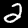
Label: 2